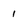
Character: 1